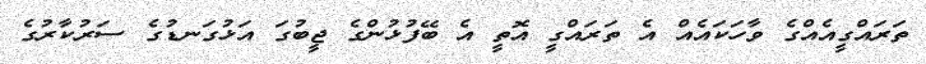
ތަރައްގީއެއްގެ ވާހަކައެއް އެ ތަރައްގީ އޮތީ އެ ބޭފުޅުންގެ ޖީބުގަ އަޅުގަނޑުގެ ސަރުކާރުގެ